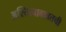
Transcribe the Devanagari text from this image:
अस्तित्वाबाबतची